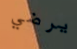
يرضي